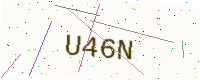
Text: U46N